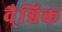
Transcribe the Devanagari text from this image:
वै्श्विक